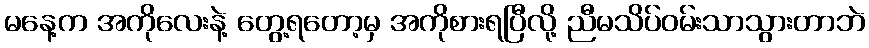
မနေ့က အကိုလေးနဲ့ တွေ့ရတော့မှ အကိုစားရပြီလို့ ညီမသိပ်ဝမ်းသာသွားတာဘဲ